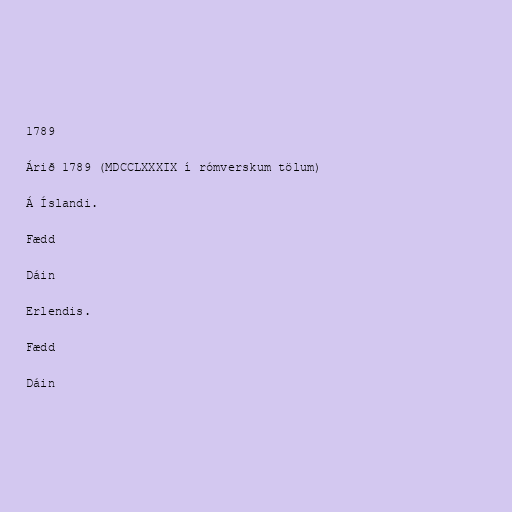
1789

Árið 1789 (MDCCLXXXIX í rómverskum tölum)

Á Íslandi.

Fædd

Dáin

Erlendis.

Fædd

Dáin